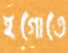
ইগোতে